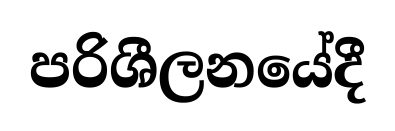
පරිශීලනයේදී